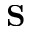
\mathbf { S }